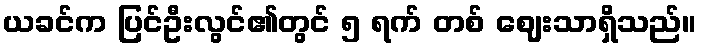
ယခင်က ပြင်ဦးလွင်၏တွင် ၅ ရက် တစ် ဈေးသာရှိသည်။